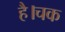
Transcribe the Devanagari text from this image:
है।चक